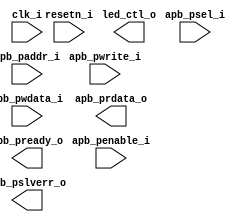
/*******************************************************************************
    Verilog netlist generated by IPGEN Lattice Propel (64-bit)
    2.0.2104292220
    Soft IP Version: 1.2
    2021 06 10 09:32:50
*******************************************************************************/
/*******************************************************************************
    Wrapper Module generated per user settings.
*******************************************************************************/
module WS2812 (clk_i, resetn_i, led_ctl_o, apb_penable_i, apb_psel_i,
    apb_pwrite_i, apb_paddr_i, apb_pwdata_i, apb_prdata_o, apb_pslverr_o,
    apb_pready_o)/* synthesis syn_black_box syn_declare_black_box=1 */;
    input  clk_i;
    input  resetn_i;
    output  led_ctl_o;
    input  apb_penable_i;
    input  apb_psel_i;
    input  apb_pwrite_i;
    input  [5:0]  apb_paddr_i;
    input  [31:0]  apb_pwdata_i;
    output  [31:0]  apb_prdata_o;
    output  apb_pslverr_o;
    output  apb_pready_o;
endmodule